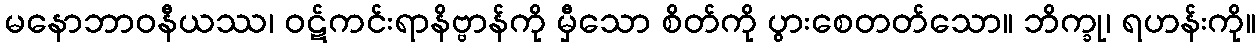
မနောဘာဝနီယဿ၊ ဝဋ်ကင်းရာနိဗ္ဗာန်ကို မှီသော စိတ်ကို ပွားစေတတ်သော။ ဘိက္ခု၊ ရဟန်းကို။